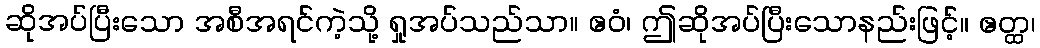
ဆိုအပ်ပြီးသော အစီအရင်ကဲ့သို့ ရှုအပ်သည်သာ။ ဧဝံ၊ ဤဆိုအပ်ပြီးသောနည်းဖြင့်။ ဧတ္ထ၊